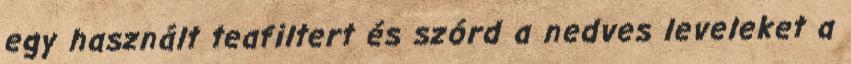
egy használt teafiltert és szórd a nedves leveleket a